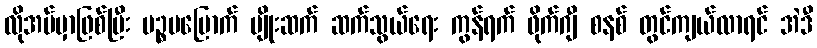
လိုအပ်မှာဖြစ်ပြီး ပဉ္စမမြောက် မျိုးဆက် ဆက်သွယ်ရေး ကွန်ရက် ဖိုက်ဂျီ စနစ် တွင်ကျယ်လာရင် အဲဒီ